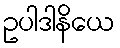
ဥပါဒါနိယေ